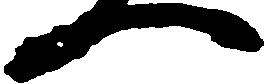
一